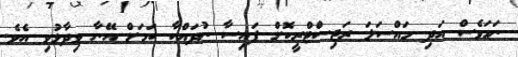
ނަމަވެސް އަދި މައްސަލަ ރަޖިސްޓްރީކޮށް ފައިސާ ނުދައްކާ ކަމަށް އޭނާ ވިދާޅުވި އެވެ.